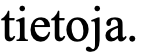
tietoja.